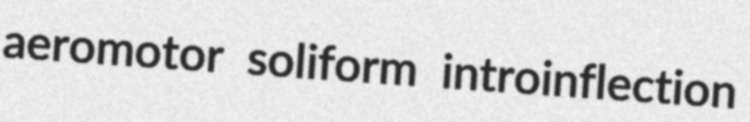
aeromotor soliform introinflection